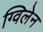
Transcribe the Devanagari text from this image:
ग्विलेन